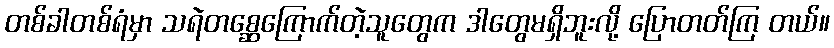
တစ်ခါတစ်ရံမှာ သရဲတစ္ဆေကြောက်တဲ့သူတွေက ဒါတွေမရှိဘူးလို့ ပြောတတ်ကြ တယ်။